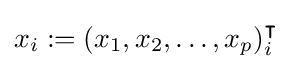
x_{i}:=(x_{1},x_{2},\ldots ,x_{p})_{i}^{\intercal }